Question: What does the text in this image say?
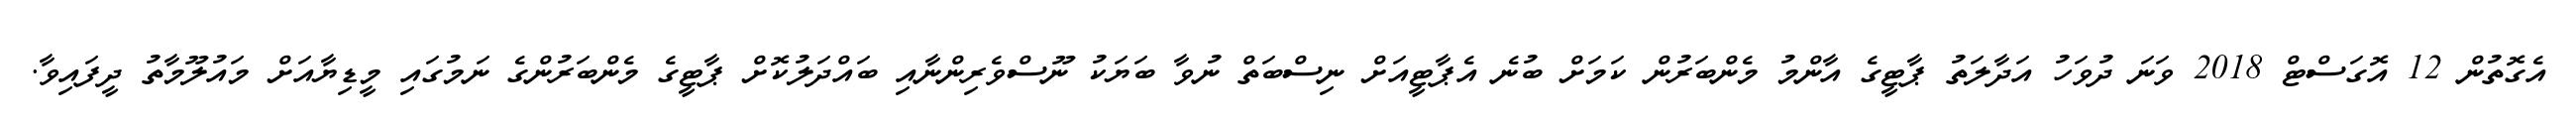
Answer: އެގޮތުން 12 އޮގަސްޓް 2018 ވަނަ ދުވަހު އަދާލަތު ޕާޓީގެ އާންމު މެންބަރުން ކަމަށް ބުނެ އެޕާޓީއަށް ނިސްބަތް ނުވާ ބަޔަކު ނޫސްވެރިންނާއި ބައްދަލުކޮށް ޕާޓީގެ މެންބަރުންގެ ނަމުގައި މީޑިޔާއަށް މައުލޫމާތު ދީފައިވާ.